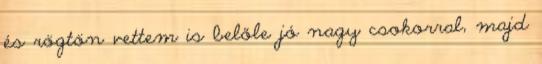
és rögtön vettem is belőle jó nagy csokorral, majd